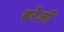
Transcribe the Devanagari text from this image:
बरेजी